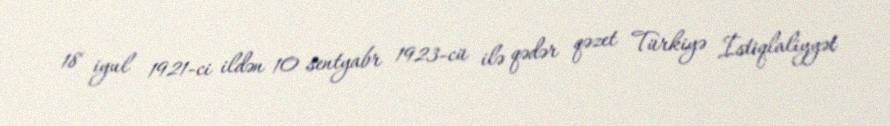
18 iyul 1921-ci ildən 10 sentyabr 1923-cü ilə qədər qəzet Türkiyə İstiqlaliyyət